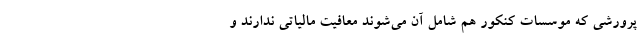
پرورشی که موسسات کنکور هم شامل آن می‌شوند معافیت مالیاتی ندارند و